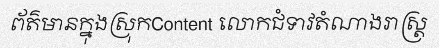
ព័ត៌មានក្នុងស្រុកContent លោកជំទាវតំណាងរាស្ត្រ